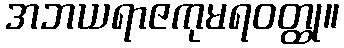
အဘယရာဇကုမရဝတ္ထု။